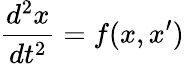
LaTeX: {\frac{d^{2}x}{dt^{2}}}=f(x,x^{\prime})